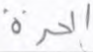
الحرة